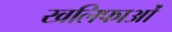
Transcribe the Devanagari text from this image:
खलिफाओं